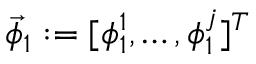
\vec { \phi } _ { 1 } : = [ \phi _ { 1 } ^ { 1 } , \dots , \phi _ { 1 } ^ { j } ] ^ { T }